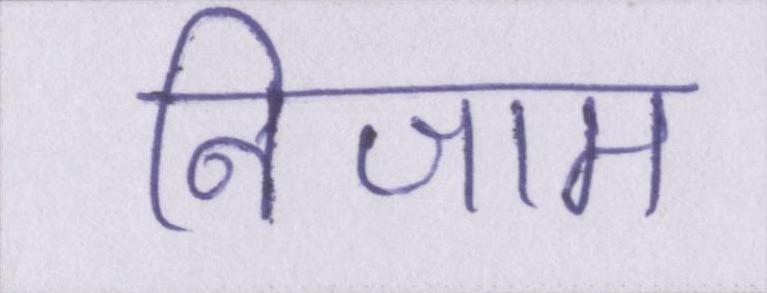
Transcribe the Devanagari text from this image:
निजाम